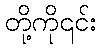
တို့ကို၎င်း